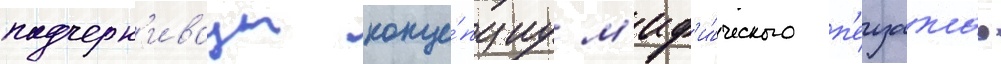
подчерк'иваут конце́пциу м'иф'и́ческого п'еизажа.